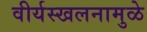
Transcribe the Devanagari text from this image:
वीर्यस्खलनामुळे